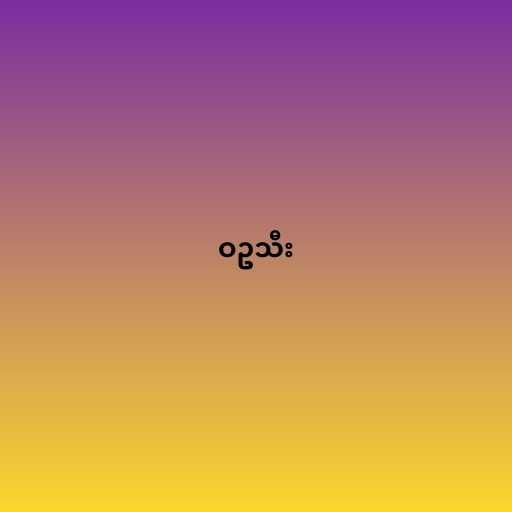
ဝဥသီး